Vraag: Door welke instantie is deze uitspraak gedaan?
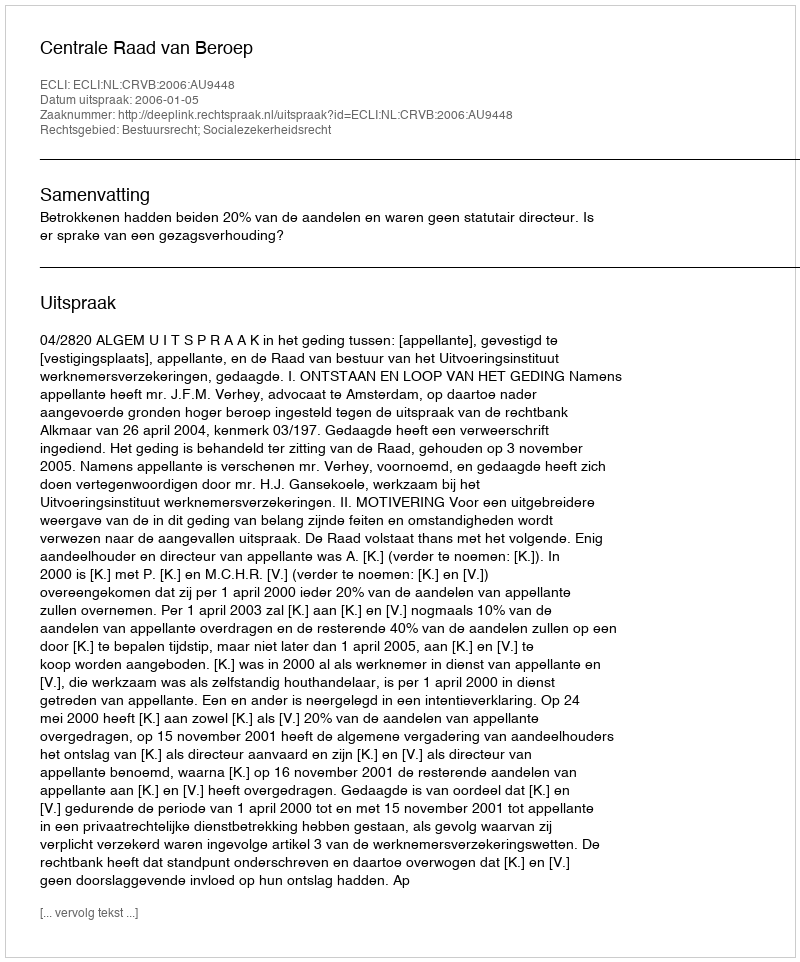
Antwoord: Centrale Raad van Beroep